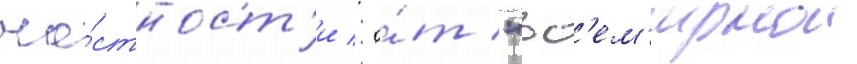
ча́стност'и / о́т "вс'ем'ирнои